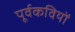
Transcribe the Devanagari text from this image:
पूर्वकवियों